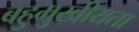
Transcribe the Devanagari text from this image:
बहुमुखीयता